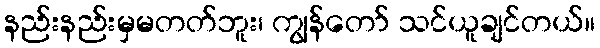
နည်းနည်းမှမတတ်ဘူး၊ ကျွန်တော် သင်ယူချင်တယ်။